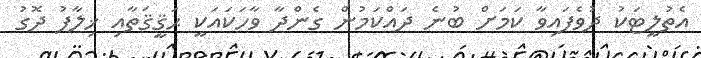
އެތުލީޓަކު ދުވެފައިވާ ކަމަށް ބުނެ ދައްކަމުން ގެންދާ ވާހަކައަކީ ޙަޤީޤަތާއި ޚިލާފު ދޮގު